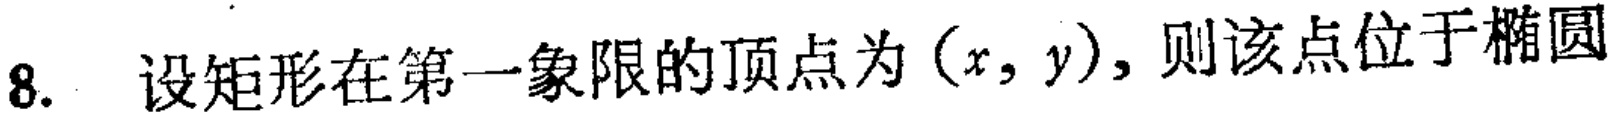
8. 设矩形在第一象限的顶点为\((x,y)\)，则该点位于椭圆